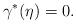
LaTeX: \begin{align*}\gamma^{\ast}(\eta)=0. \end{align*}